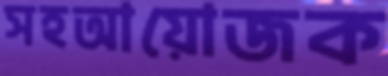
সহআয়োজক